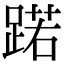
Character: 蹃